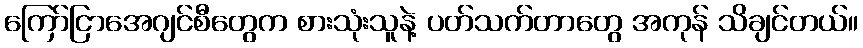
ကြော်ငြာအေဂျင်စီတွေက စားသုံးသူနဲ့ ပတ်သက်တာတွေ အကုန် သိချင်တယ်။